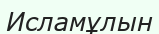
Исламұлын